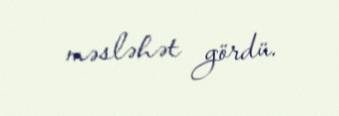
məsləhət gördü.